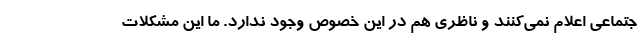
جتماعی اعلام نمی‌کنند و ناظری هم در این خصوص وجود ندارد. ما این مشکلات